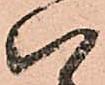
八